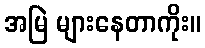
အမြဲ များနေတာကိုး။